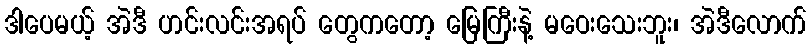
ဒါပေမယ့် အဲဒီ ဟင်းလင်းအရပ် တွေကတော့ မြေကြီးနဲ့ မဝေးသေးဘူး၊ အဲဒီလောက်